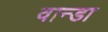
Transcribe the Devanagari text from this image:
वान्डा